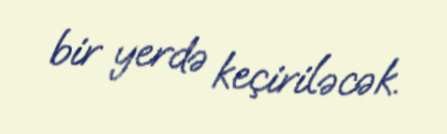
bir yerdə keçiriləcək.